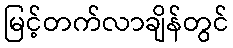
မြင့်တက်လာချိန်တွင်